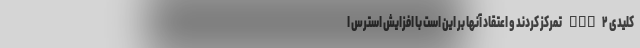
کلیدی Nox۲ تمرکز کردند و اعتقاد آنها بر این است با افزایش استرس ا